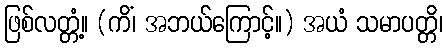
ဖြစ်လတ္တံ့။ (ကိံ၊ အဘယ်ကြောင့်။) အယံ သမာပတ္တိ၊